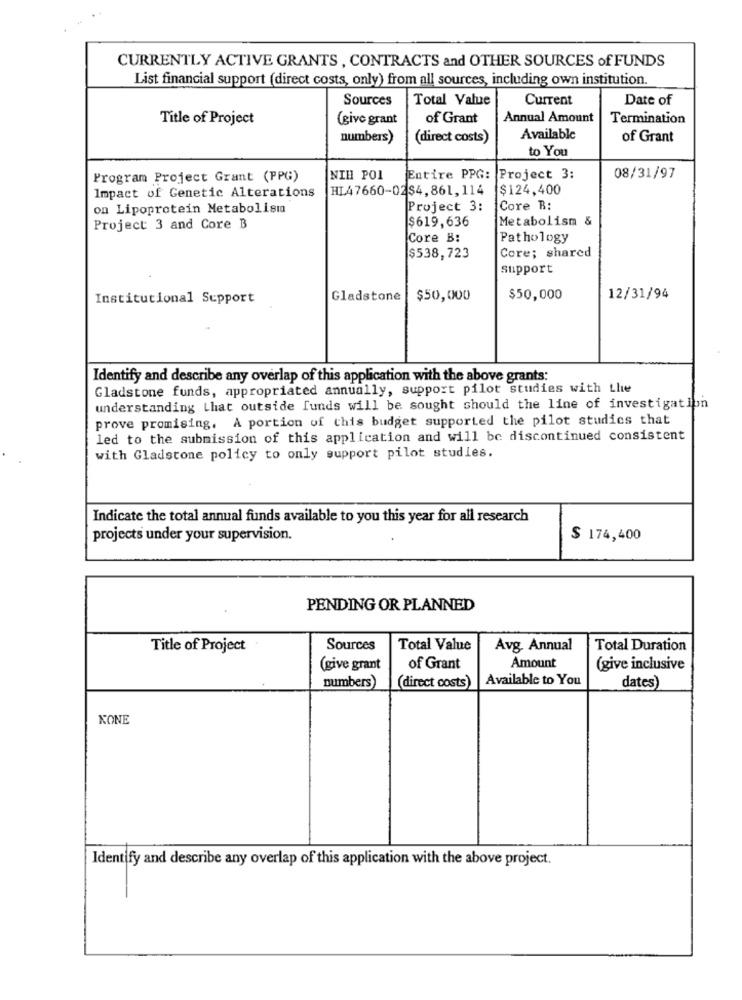
CURRENTLY ACTIVE GRANTS , CONTRACTS and OTHER SOURCES of FUNDS
List financial support (direct costs, only) from all sources, including own institution.
Sources
Total Value
Current
Date of
Title of Project
(give grant
of Grant
Annual Amount
Termination
numbers)
(direct costs)
Available
of Grant
to You
Program Project Grant (PPG)
NIH POI
Entire PPG:
Project 3:
08/31/97
HL47660-02$4, 861, 114
$124,400
Impact of Genetic Alterations
on Lipoprotein Metabolism
Project 3:
Core B:
$619,636
Metabolism &
Project 3 and Core B
Core B:
Pathology
$538,723
Core; shared
support
Institutional Support
Gladstone
$50,000
$50,000
12/31/94
Identify and describe any overlap of this application with the above grants:
Gladstone funds, appropriated annually, support pilot studies with the
understanding that outside funds will be sought should the line of investigation
prove promising. A portion of this budget supported the pilot studies that
led to the submission of this application and will be discontinued consistent
with Gladstone policy to only support pilot studies.
Indicate the total annual funds available to you this year for all research
projects under your supervision.
$ 174,400
PENDING OR PLANNED
Title of Project
Sources
Total Value
Avg. Annual
Total Duration
(give grant
of Grant
Amount
(give inclusive
Available to You
numbers)
(direct costs)
dates)
KONE
Identify and describe any overlap of this application with the above project.